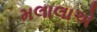
મલાલાએ